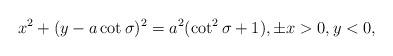
LaTeX: \begin{align*}x^2 + (y - a \cot \sigma)^2 = a^2 (\cot^2 \sigma + 1), \pm x > 0 , y < 0, \end{align*}